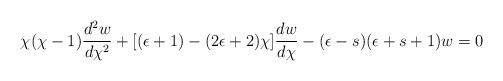
LaTeX: \begin{align*}\chi(\chi-1)\frac{d^2w}{d\chi^2}+[(\epsilon+1)-(2\epsilon+2)\chi]\frac{dw}{d\chi}-(\epsilon-s)(\epsilon+s+1)w=0\end{align*}